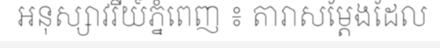
អនុស្សាវរីយ៍ភ្នំពេញ ៖ តារាសម្តែងដែល